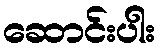
ဆောင်းပါး